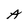
Character: A